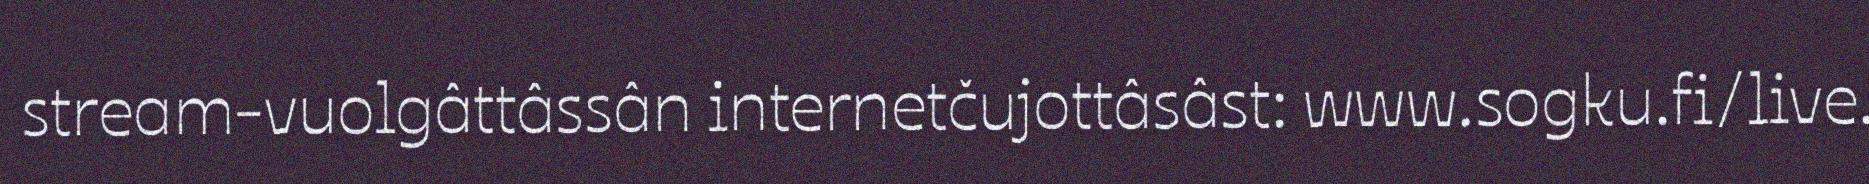
stream-vuolgâttâssân internetčujottâsâst: www.sogku.fi/live.